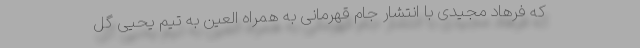
که فرهاد مجیدی با انتشار جام قهرمانی به همراه العین به تیم یحیی گل